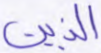
الذين